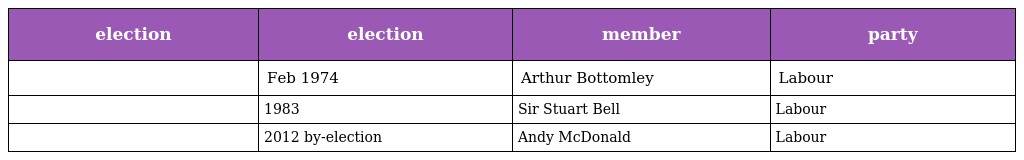
| election | election | member | party |
 | --- | --- | --- | --- |
 |  | Feb 1974 | Arthur Bottomley | Labour |
 |  | 1983 | Sir Stuart Bell | Labour |
 |  | 2012 by-election | Andy McDonald | Labour |